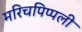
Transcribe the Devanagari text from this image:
मरिचपिप्पली